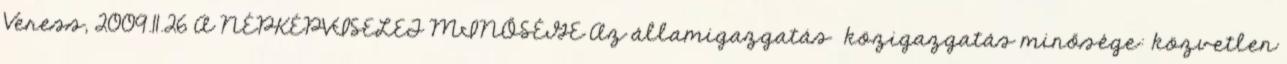
Veress, 2009.11.26 A NÉPKÉPVISELET MINŐSÉGE Az államigazgatás közigazgatás minősége: közvetlen